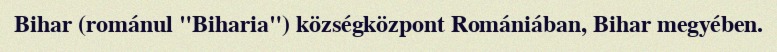
Bihar (románul "Biharia") községközpont Romániában, Bihar megyében.